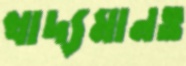
খাদ্যমানও